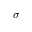
\sigma